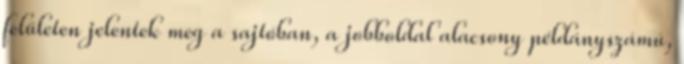
felületen jelentek meg a sajtóban, a jobboldal alacsony példányszámú,